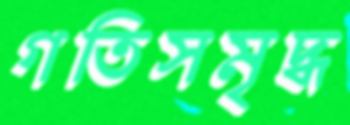
গতিসমৃদ্ধ